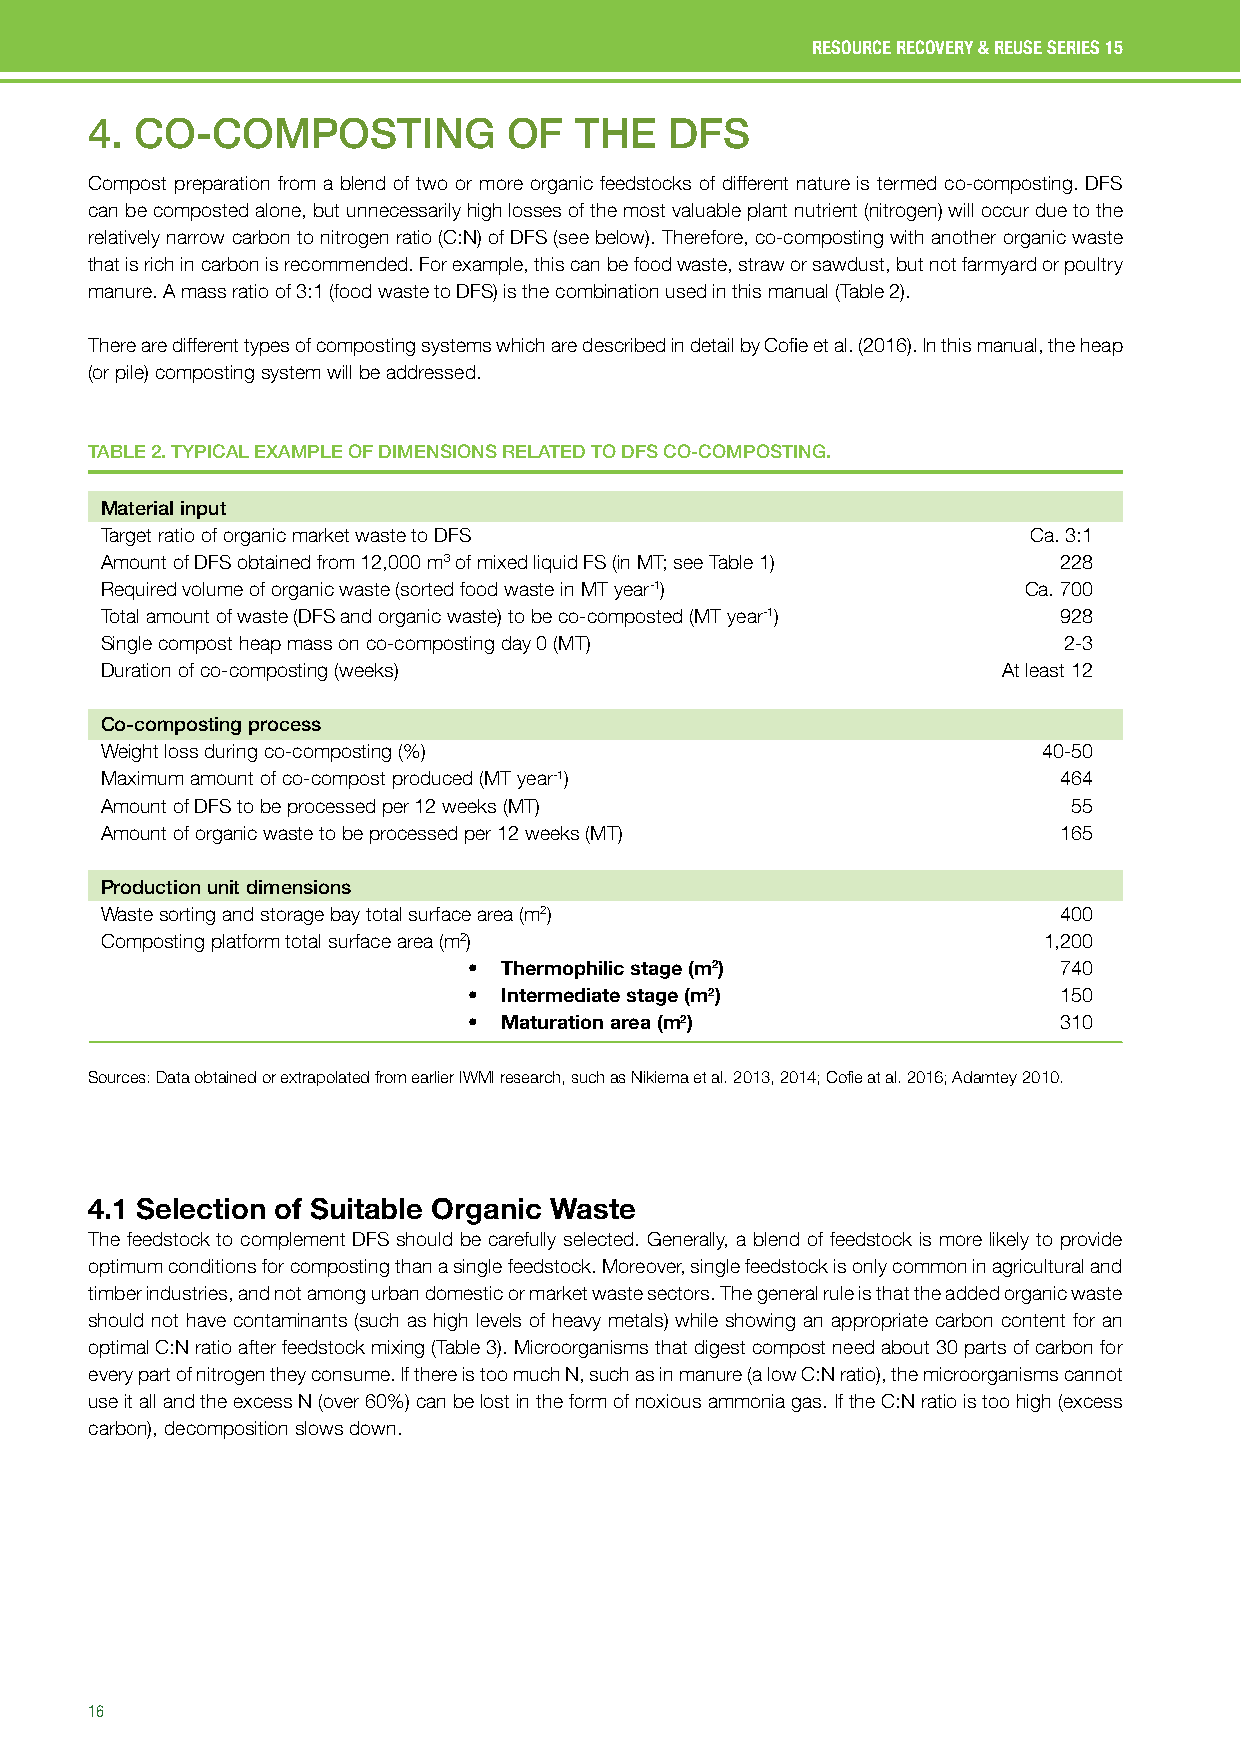
RESOURCE RECOVERY & REUSE SERIES 15
 4. CO-COMPOSTING            OF  THE   DFS
 Compost preparation from a blend of two or more organic feedstocks of different nature is termed co-composting. DFS
 can be composted alone, but unnecessarily high losses of the most valuable plant nutrient (nitrogen) will occur due to the
 relatively narrow carbon to nitrogen ratio (C:N) of DFS (see below). Therefore, co-composting with another organic waste
 that is rich in carbon is recommended. For example, this can be food waste, straw or sawdust, but not farmyard or poultry
 manure. A mass ratio of 3:1 (food waste to DFS) is the combination used in this manual (Table 2).
 There are different types of composting systems which are described in detail by Cofie et al. (2016). In this manual, the heap
 (or pile) composting system will be addressed.
 TABLE 2. TYPICAL EXAMPLE OF DIMENSIONS RELATED TO DFS CO-COMPOSTING.
 Material input
 Target ratio of organic market waste to DFS                  Ca. 3:1
 Amount of DFS obtained from 12,000 m3 of mixed liquid FS (in MT; see Table 1) 228
 Required volume of organic waste (sorted food waste in MT year-1) Ca. 700
 Total amount of waste (DFS and organic waste) to be co-composted (MT year-1) 928
 Single compost heap mass on co-composting day 0 (MT)           2-3
 Duration of co-composting (weeks)                          At least 12
 Co-composting process
 Weight loss during co-composting (%)                          40-50
 Maximum amount of co-compost produced (MT year-1)              464
 Amount of DFS to be processed per 12 weeks (MT)                 55
 Amount of organic waste to be processed per 12 weeks (MT)      165
 Production unit dimensions
 Waste sorting and storage bay total surface area (m2)          400
 Composting platform total surface area (m2)                   1,200
 • Thermophilic stage (m2)              740
 • Intermediate stage (m2)              150
 • Maturation area (m2)                 310
 Sources: Data obtained or extrapolated from earlier IWMI research, such as Nikiema et al. 2013, 2014; Cofie at al. 2016; Adamtey 2010.
 4.1 Selection of Suitable Organic Waste
 The feedstock to complement DFS should be carefully selected. Generally, a blend of feedstock is more likely to provide
 optimum conditions for composting than a single feedstock. Moreover, single feedstock is only common in agricultural and
 timber industries, and not among urban domestic or market waste sectors. The general rule is that the added organic waste
 should not have contaminants (such as high levels of heavy metals) while showing an appropriate carbon content for an
 optimal C:N ratio after feedstock mixing (Table 3). Microorganisms that digest compost need about 30 parts of carbon for
 every part of nitrogen they consume. If there is too much N, such as in manure (a low C:N ratio), the microorganisms cannot
 use it all and the excess N (over 60%) can be lost in the form of noxious ammonia gas. If the C:N ratio is too high (excess
 carbon), decomposition slows down.
 Wastes that can be potentially used in co-composting
 16